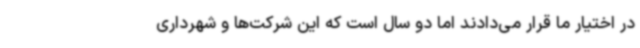
در اختیار ما قرار می‌دادند اما دو سال است که این شرکت‌ها و شهرداری